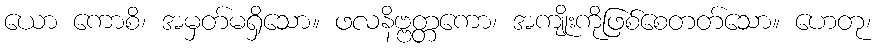
ယော ကောစိ၊ အမှတ်မရှိသော။ ဖလနိဗ္ဗတ္တကော၊ အကျိုးကိုဖြစ်စေတတ်သော။ ဟေတု၊